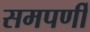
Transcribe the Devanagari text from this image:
समपर्णी